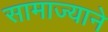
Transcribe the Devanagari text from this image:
सामाज्याने